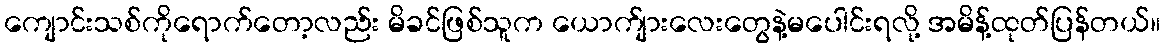
ကျောင်းသစ်ကိုရောက်တော့လည်း မိခင်ဖြစ်သူက ယောက်ျားလေးတွေနဲ့မပေါင်းရလို့ အမိန့်ထုတ်ပြန်တယ်။